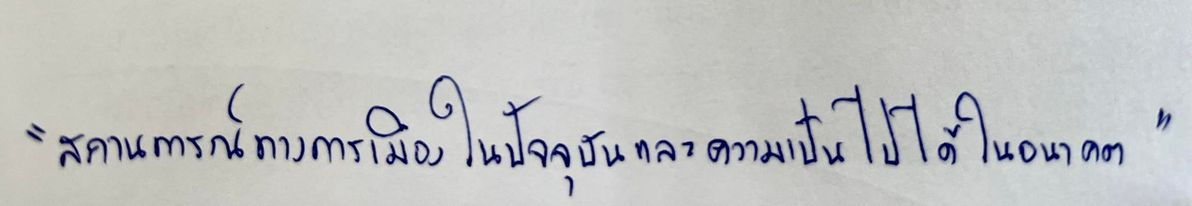
"สถานการณ์ทางการเมืองในปัจจุบันและความเป็นไปได้ในอนาคต"